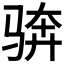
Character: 𩧼